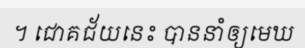
។ ជោគជ័យនេះ បាននាំឲ្យមេឃ